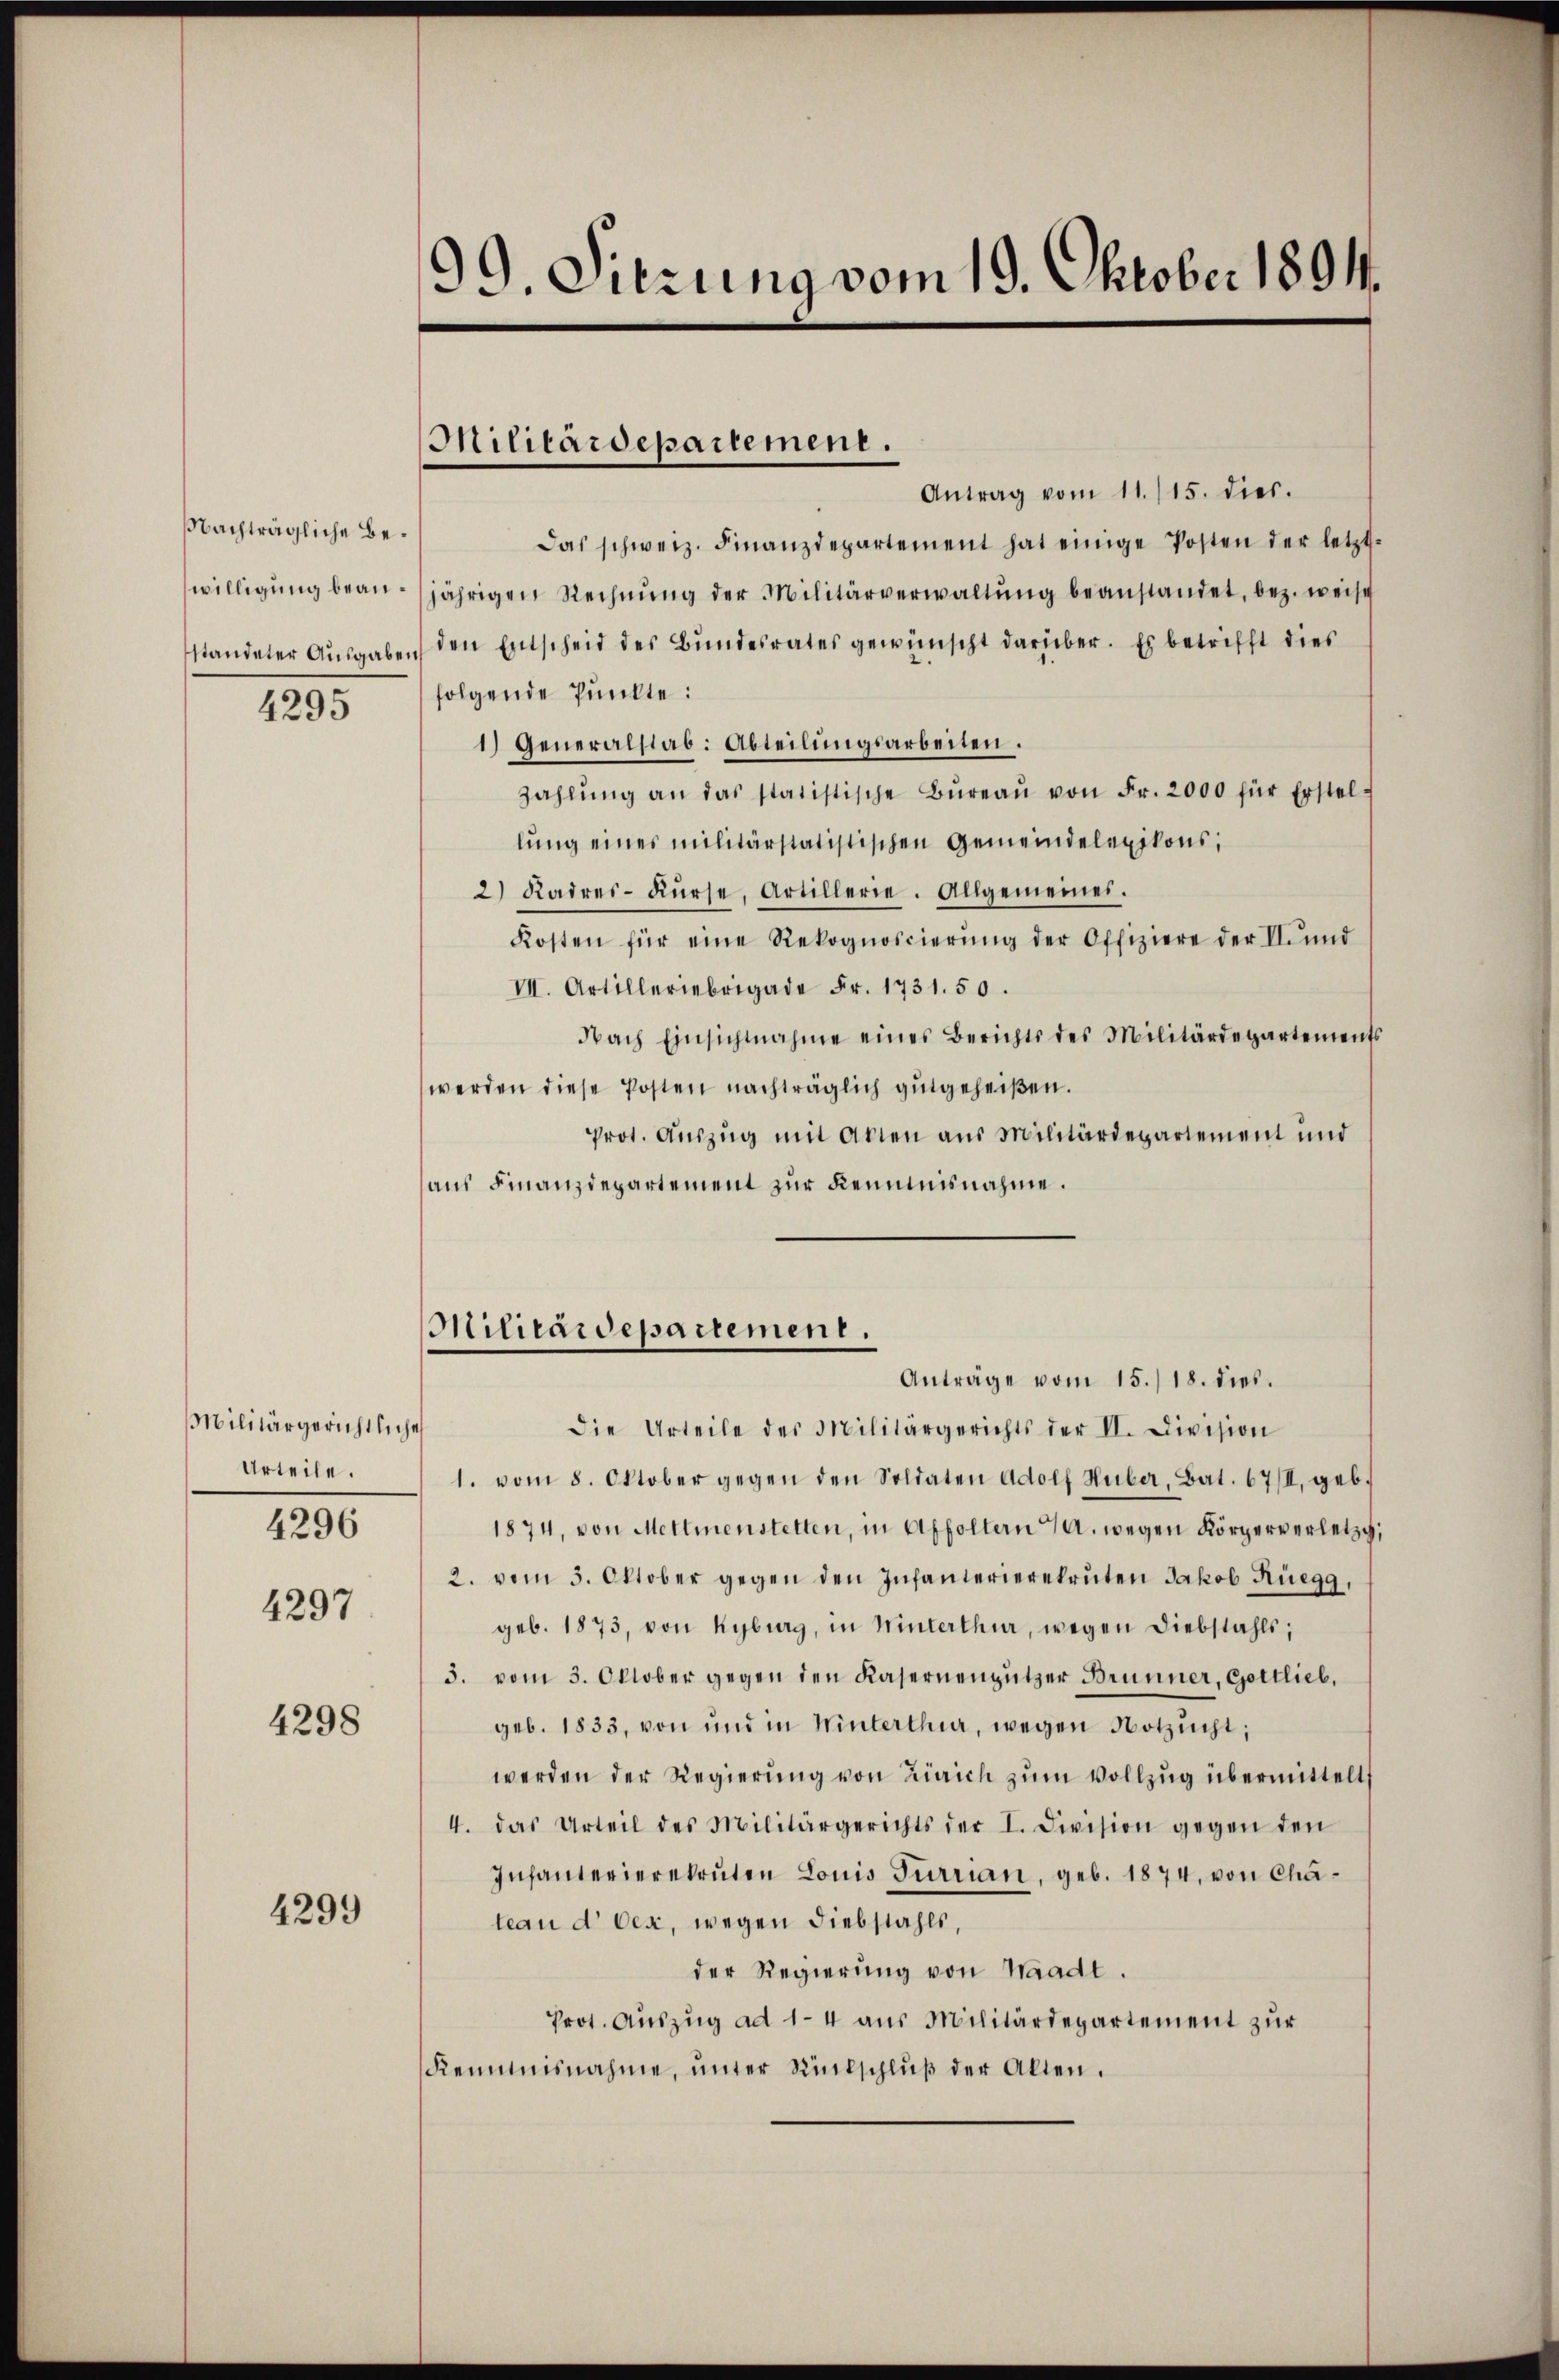
Nachträgliche Bewilligung bean¬
4295

Militärgerichtliche
Urteile.
4296

4297

4298

4299

99. Dierung vom 19. Oktober 1891.

Militärdepartement.

Antrag vom 11. 115. dies.
Das schweiz. Finanzdepartement hat einige Posten der letzt.
jährigen Rechnŭng der Militärverwaltŭng beanstandet, bez. weise
sstandeter Ausgaben den Entscheid des Bundesrates gewünscht darüber. Es betrifft dies
folgende Punkte:
1) Generalstab: Abteilungsarbeiten.
zahlŭng an das statistische Büreaŭ von Fr. 2000 für Erstel-
lung eines militärstatistischen Gemeindelexikons,
2) Kadres-Kŭrse, Artillerie. Allgemeines.
Kosten für eine Rekognoscierŭng der Offiziere der II. und
VII. Artilleriebrigade Fr. 1731. 50.
Nach Einsichtnahme eines Berichts des Militärdepartements
werden diese Posten nachträglich gutgeheißen.
Prot. Auszug mit Akten aus Militärdepartement und
aus Finanzdepartement zur Kenntnisnahme.

Militärdepartement.
Anträge vom 15./18. dies.

Die Urteile der Militärgerichts der II. Division
1. vom 8. Oktober gegen den Soldaten Adolf Huber, Bat. 67/I, geb.
1874, von Mettmenstetten, in Affoltern a. wegen Körperverletzg
2. vom 5. Oktober gegen den Infanterierekruten Jakob Rüegg,
geb. 1873, von Kyburg, in Winterthur, wegen Diebstahls;
3. vom 3. Oktober gegen den Kasernengützer Brunner, Gottlieb,
geb. 1833, von und in Winterthur, wegen Notzucht;
werden der Regierŭng von Zürich zum Vollzug übermittelt
4. das Urteil des Militärgerichts der I. Division gegen den
Infanterierekruten Louis Furrian, geb. 1874, von Chateau d Oex, wegen Diebstahls,
der Regierung von Waadt.
Prot. Auszug ad 1-4 aus Militärdepartement zur
Remmnisnahme, ŭnter Rückschlŭβ der Alten.